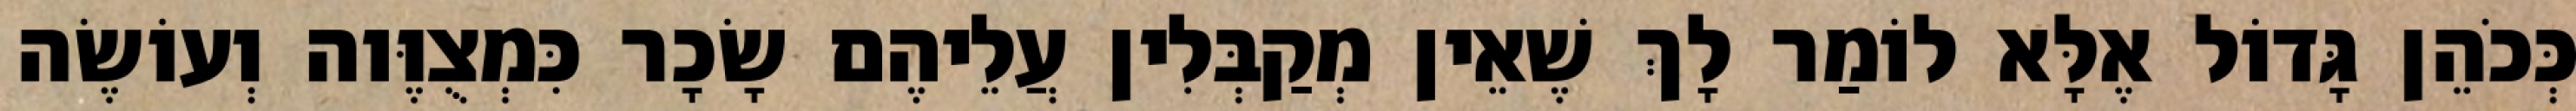
כְּכֹהֵן גָּדוֹל אֶלָּא לוֹמַר לָךְ שֶׁאֵין מְקַבְּלִין עֲלֵיהֶם שָׂכָר כִּמְצֻוֶּוה וְעוֹשֶׂה